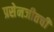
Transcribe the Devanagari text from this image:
प्रसेनजीतची